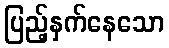
ပြည့်နှက်နေသော